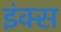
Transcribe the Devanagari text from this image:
इंक्स